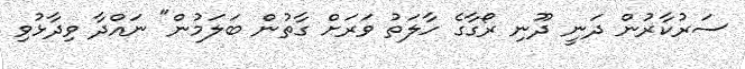
ސަރުކާރުން ދަނީ ދޫނި ރޯގާގެ ހާލަތު ވަަރަށް ގާތުން ބަލަމުން" ނައްދާ ވިދާޅުވި